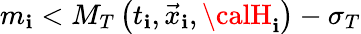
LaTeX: m_{\mathbf{i}}<M_{T}\left(t_{\mathbf{i}},\vec{{x}}_{\mathbf{i}},{\calH}_{\mathbf{i}}\right)-\sigma_{T}